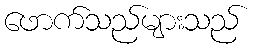
ဖောက်သည်များသည်